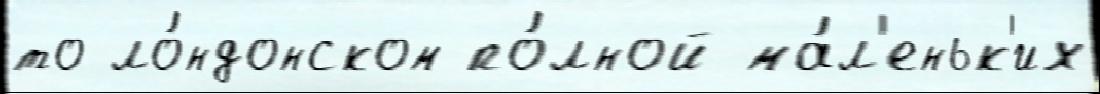
то ло́ндонском по́лной ма́л'еньк'их